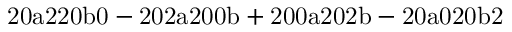
\mathrm { 2 0 a 2 2 0 b 0 - 2 0 2 a 2 0 0 b + 2 0 0 a 2 0 2 b - 2 0 a 0 2 0 b 2 }